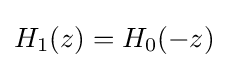
H_{1}(z)=H_{0}(-z)